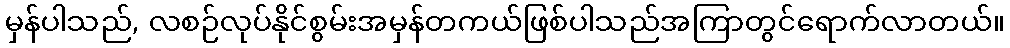
မှန်ပါသည်, လစဉ်လုပ်နိုင်စွမ်းအမှန်တကယ်ဖြစ်ပါသည်အကြာတွင်ရောက်လာတယ်။